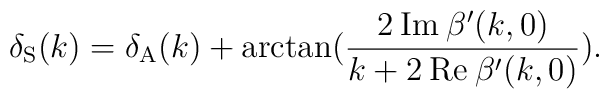
\delta_{\rm S}(k) = \delta_{\rm A}(k) +\arctan(\frac{2 \: {\rm Im} \: \beta'(k,0)}{k + 2\: {\rm Re} \: \beta'(k,0)}).